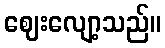
ဈေးလျော့သည်။